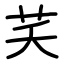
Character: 芺